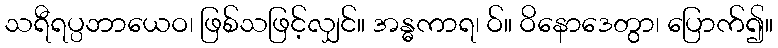
သရီရပ္ပဘာယေဝ၊ ဖြစ်သဖြင့်လျှင်။ အန္ဓကာရ၊ ဝ်။ ဝိနောဒေတွာ၊ ပြောက်၍။